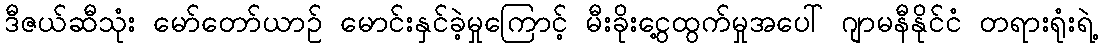
ဒီဇယ်ဆီသုံး မော်တော်ယာဉ် မောင်းနှင်ခဲ့မှုကြောင့် မီးခိုးငွေ့ထွက်မှုအပေါ် ဂျာမနီနိုင်ငံ တရားရုံးရဲ့